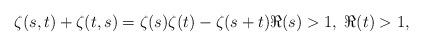
LaTeX: \begin{align*} \zeta(s,t) + \zeta(t,s) = \zeta(s) \zeta(t) - \zeta(s+t) \Re(s) > 1, \; \Re(t) > 1,\end{align*}